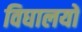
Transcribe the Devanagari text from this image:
विघालयों